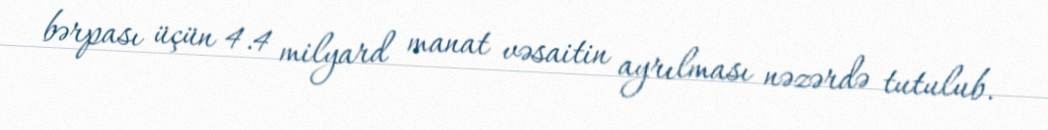
bərpası üçün 4.4 milyard manat vəsaitin ayrılması nəzərdə tutulub.